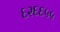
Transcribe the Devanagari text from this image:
६२६६५५